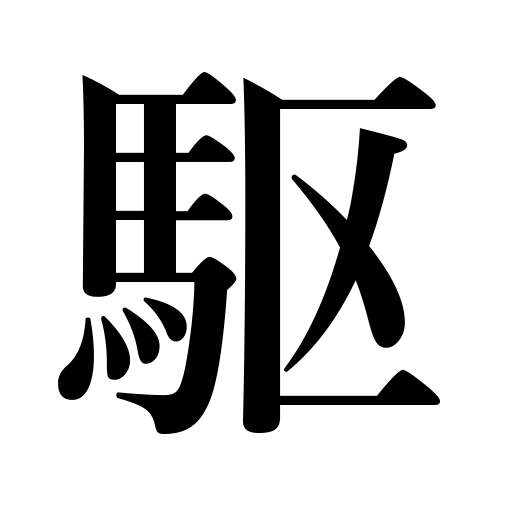
Meanings: spur on,gallop,sway,impel,run,actuate,inspire,drive a car,advance,prompt